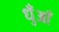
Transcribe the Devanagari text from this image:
धुँआँ